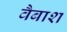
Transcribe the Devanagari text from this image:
वैबाश